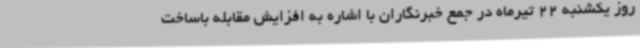
روز یکشنبه 22 تیرماه در جمع خبرنگاران با اشاره به افزایش مقابله باساخت